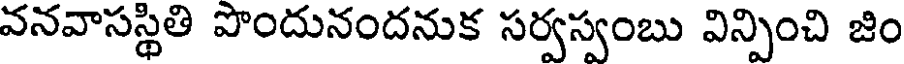
వనవాసస్థితి పొందునందనుక సర్వస్వంబు విన్పించి జిం